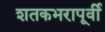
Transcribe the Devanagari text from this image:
शतकभरापूर्वी